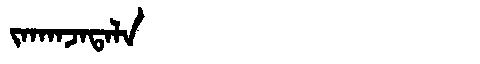
Manchu: ᠵᠠᡴᠠᠨᠵᠠᡨᠠᠯᠠ
Romanization: JAKANJATALA